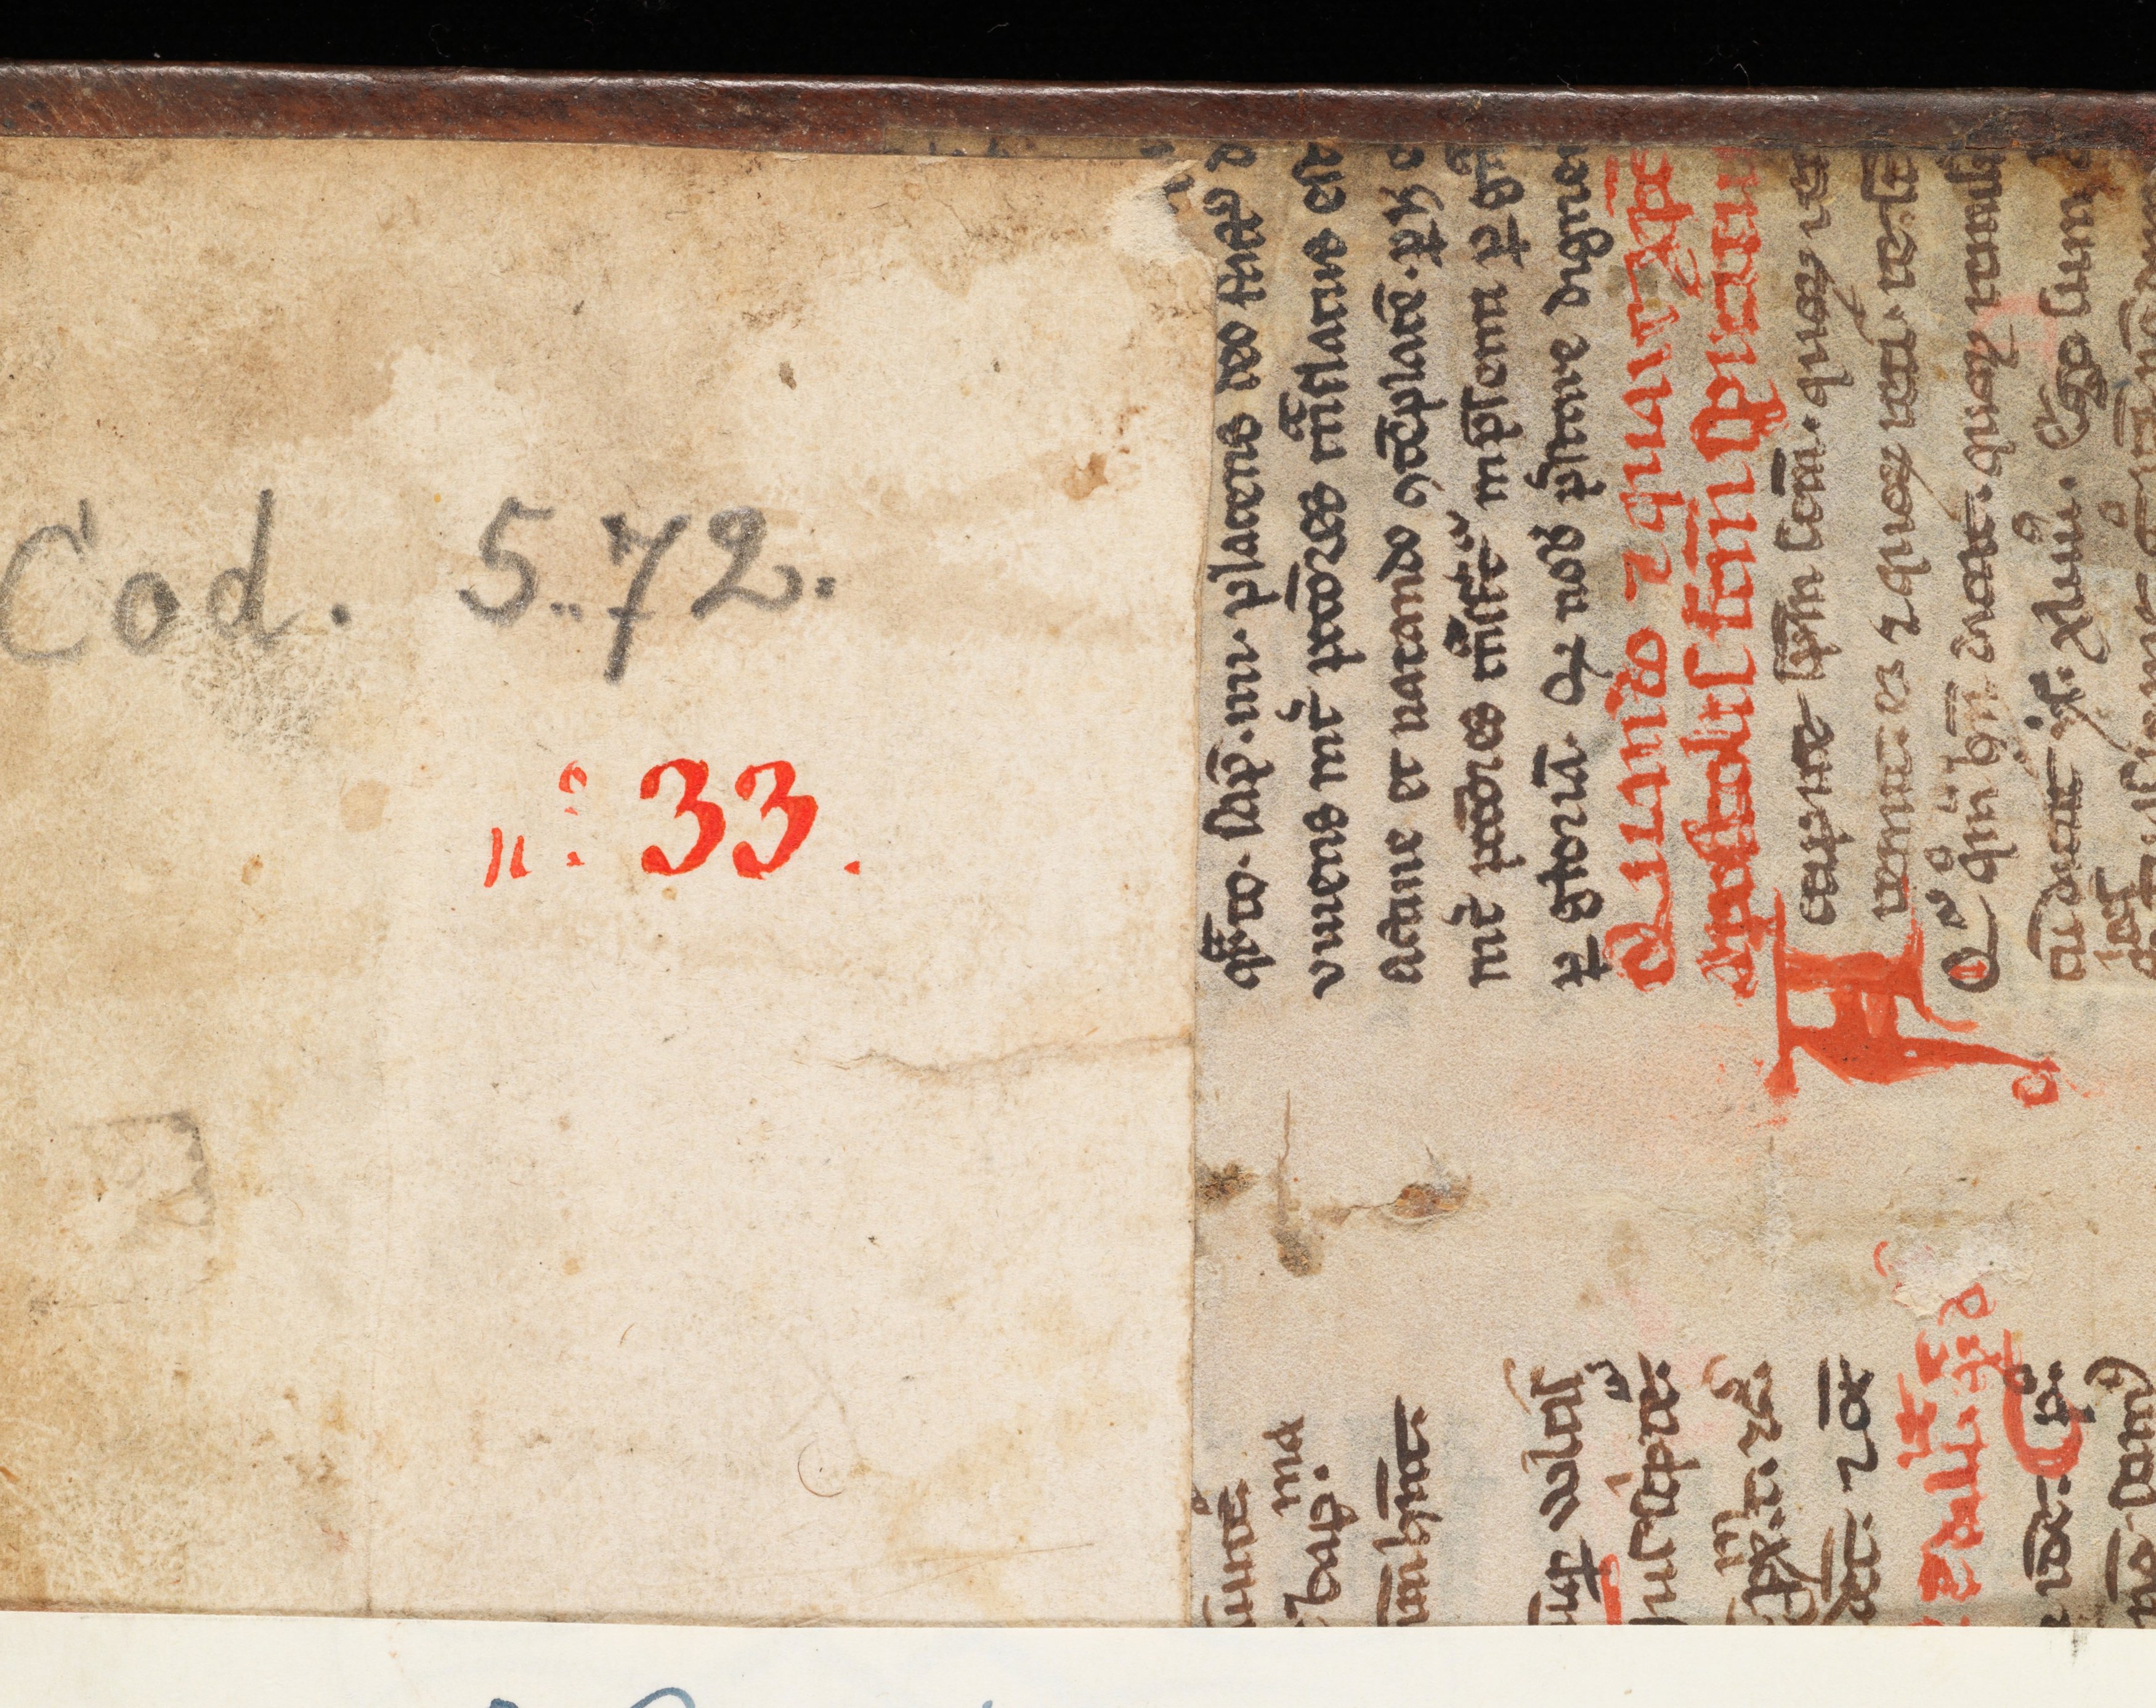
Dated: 1450–1499